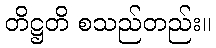
တိဋ္ဌတိ စသည်တည်း။